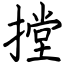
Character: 摚